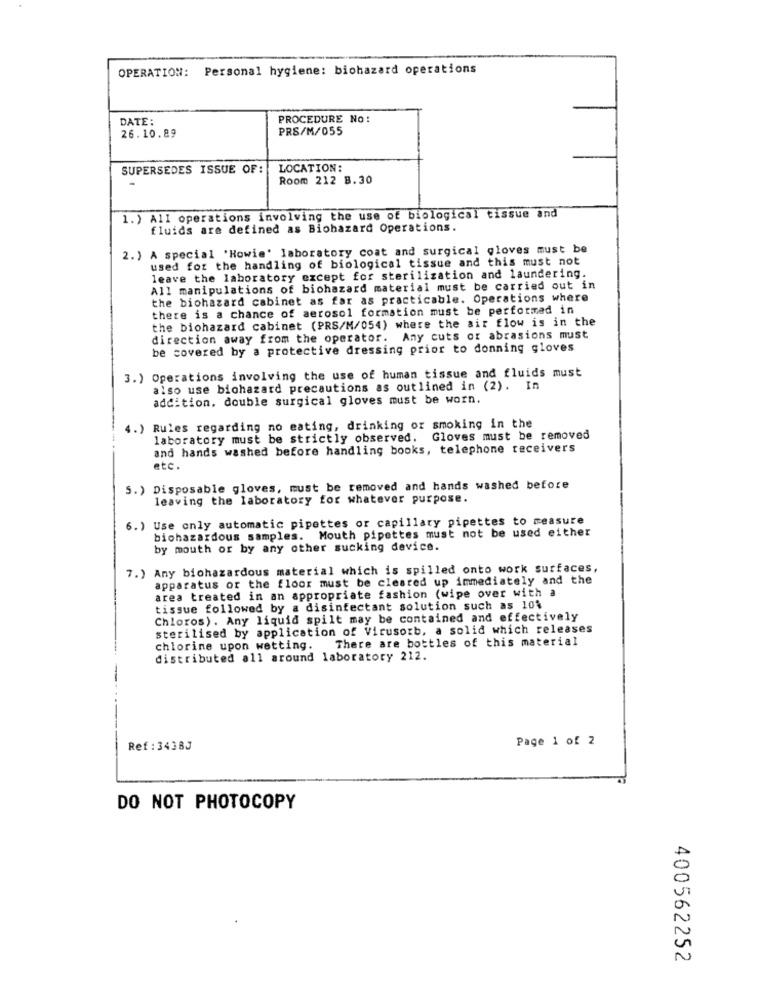
OPERATION: Personal hygiene: biohazard operations
DATE:
PROCEDURE No :
26.10.89
PRS/M/055
SUPERSEDES ISSUE OF:
LOCATION:
Room 212 8.30
1.) All operations involving the use of biological tissue and
fluids are defined as Biohazard Operations.
2.) A special 'Howie' laboratory coat and surgical gloves must be
used for the handling of biological tissue and this must not
leave the laboratory except for sterilization and laundering.
All manipulations of biohazard material must be carried out in
the biohazard cabinet as far as practicable. Operations where
there is a chance of aerosol formation must be performed in
the biohazard cabinet (PRS/M/054) where the air flow is in the
direction away from the operator. Any cuts or abrasions must
be covered by a protective dressing prior to donning gloves
3.) Operations involving the use of human tissue and fluids must
also use biohazard precautions as outlined in (2). In
addition, double surgical gloves must be worn.
4.) Rules regarding no eating, drinking or smoking in the
laboratory must be strictly observed. Gloves must be removed
and hands washed before handling books, telephone receivers
etc.
5.) Disposable gloves, must be removed and hands washed before
leaving the laboratory for whatever purpose.
6. ) Use only automatic pipettes or capillary pipettes to measure
biohazardous samples. Mouth pipettes must not be used either
by mouth or by any other sucking device.
7.) Any biohazardous material which is spilled onto work surfaces,
apparatus or the floor must be cleared up immediately and the
area treated in an appropriate fashion (wipe over with a
tissue followed by a disinfectant solution such as 10%
Chloros). Any liquid spilt may be contained and effectively
sterilised by application of Virusorb, a solid which releases
chlorine upon wetting. There are bottles of this material
distributed all around laboratory 212.
Page 1 of 2
Ref : 3438J
DO NOT PHOTOCOPY
400562252